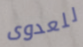
للعدوى